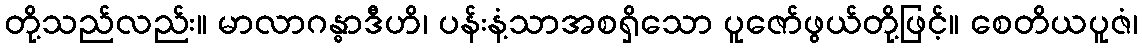
တို့သည်လည်း။ မာလာဂန္ဓာဒီဟိ၊ ပန်းနံ့သာအစရှိသော ပူဇော်ဖွယ်တို့ဖြင့်။ စေတိယပူဇံ၊